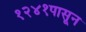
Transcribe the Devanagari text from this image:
१२४१पासून